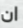
ان